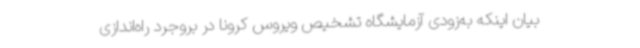
بیان اینکه به‌زودی آزمایشگاه تشخیص ویروس کرونا در بروجرد راه‌اندازی